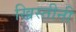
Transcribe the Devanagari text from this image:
ख्रिस्तीनी